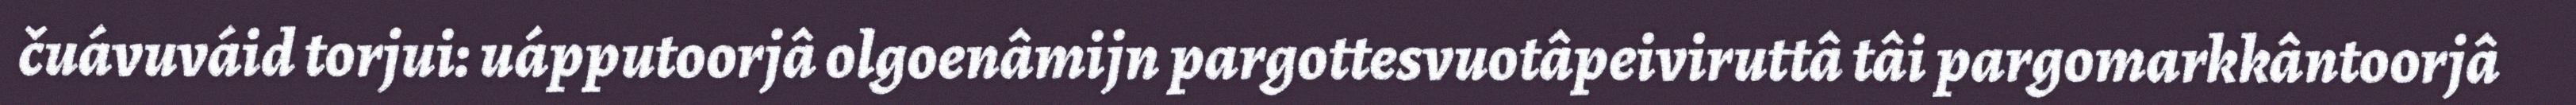
čuávuváid torjui: uápputoorjâ olgoenâmijn pargottesvuotâpeiviruttâ tâi pargomarkkântoorjâ